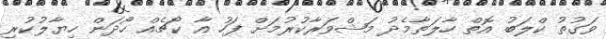
ވަގުތު ކްލަބު އޮތް ހާލަތާމެދު މަޝްވަރާކުރުމަށް ފަހު އާ ކޯޗެއް ހޯދަން ހިޔާލުކުރި